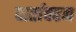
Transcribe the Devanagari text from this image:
वार्तावहन